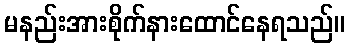
မနည်းအားစိုက်နားထောင်နေရသည်။